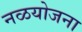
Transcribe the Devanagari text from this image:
नळयोजना